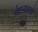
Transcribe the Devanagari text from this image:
चेहर्‍यावरचे